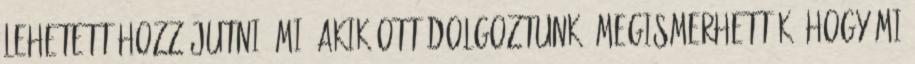
lehetett hozzájutni. Mi, akik ott dolgoztunk, megismerhettük, hogy mi